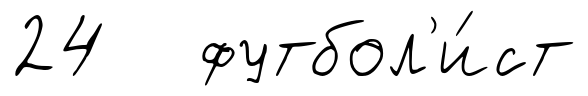
24 футбол'и́ст